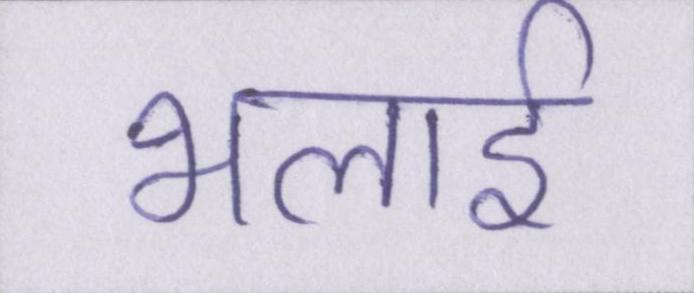
भलाई